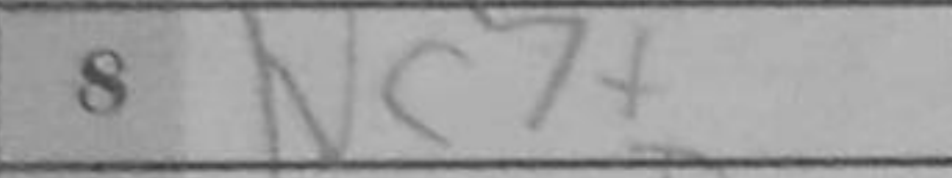
Transcription: Nc7+